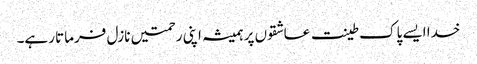
خدا ایسے پاک طینت عاشقوں پر ہمیشہ اپنی رحمتیں نازل فرماتا رہے۔